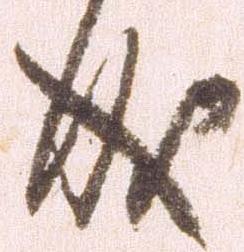
成